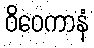
ဝိဝေကာနံ